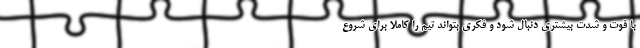
با قوت و شدت بیشتری دنبال شود و فکری بتواند تیم را کاملا برای شروع